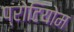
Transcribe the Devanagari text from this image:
प्रोटियोम